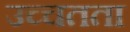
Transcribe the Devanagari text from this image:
उच्चतता